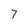
Character: 7